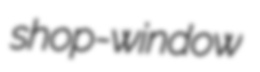
shop-window